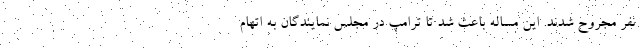
نفر مجروح شدند. این مساله باعث شد تا ترامپ در مجلس نمایندگان به اتهام